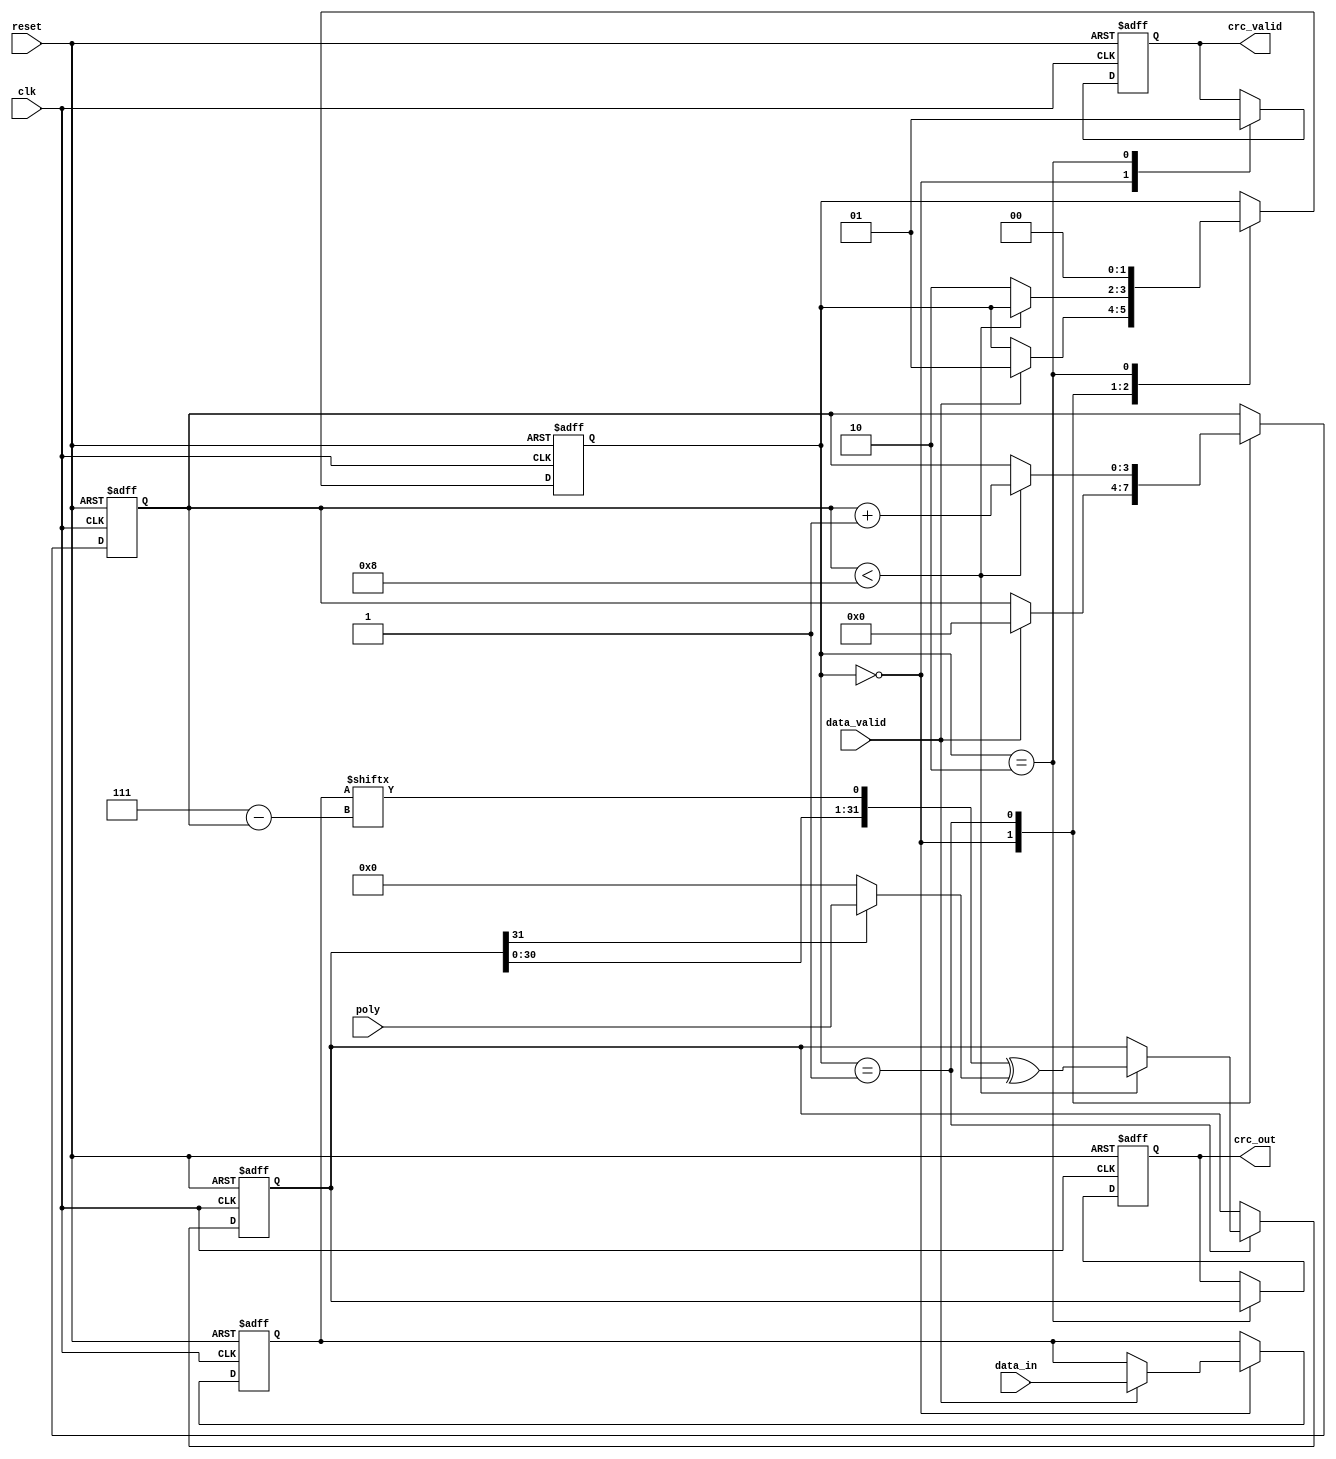
module parameterized_crc #(
    parameter CRC_WIDTH = 32,
    parameter POLY_WIDTH = 8,
    parameter INIT_VALUE = 32'hFFFFFFFF,
    parameter REFLECT_INPUT = 1'b0,
    parameter REFLECT_OUTPUT = 1'b0
)(
    input wire clk,
    input wire reset,
    input wire [7:0] data_in, // Assuming 8-bit input data
    input wire data_valid,
    input wire [POLY_WIDTH-1:0] poly,
    output reg [CRC_WIDTH-1:0] crc_out,
    output reg crc_valid
);

    reg [CRC_WIDTH-1:0] crc_reg;
    reg [7:0] data_buffer; // Buffer for incoming data
    reg [3:0] bit_counter; // Counter to track bits processed
    reg [1:0] state;
    
    localparam IDLE = 2'b00;
    localparam PROCESSING = 2'b01;
    localparam OUTPUT = 2'b10;

    // Reflect function for input and output
    function [7:0] reflect;
        input [7:0] data;
        integer i;
        begin
            reflect = 0;
            for (i = 0; i < 8; i = i + 1) begin
                reflect[i] = data[7 - i];
            end
        end
    endfunction

    always @(posedge clk or posedge reset) begin
        if (reset) begin
            crc_reg <= INIT_VALUE;
            crc_out <= 0;
            crc_valid <= 0;
            data_buffer <= 0;
            bit_counter <= 0;
            state <= IDLE;
        end else begin
            case (state)
                IDLE: begin
                    crc_valid <= 0;
                    if (data_valid) begin
                        data_buffer <= REFLECT_INPUT ? reflect(data_in) : data_in;
                        bit_counter <= 0;
                        state <= PROCESSING;
                    end
                end
                
                PROCESSING: begin
                    if (bit_counter < 8) begin
                        // Process each bit
                        crc_reg <= {crc_reg[CRC_WIDTH-2:0], data_buffer[7 - bit_counter]} ^ 
                                   (crc_reg[CRC_WIDTH-1] ? poly : 0);
                        bit_counter <= bit_counter + 1;
                    end else begin
                        state <= OUTPUT;
                    end
                end

                OUTPUT: begin
                    crc_out <= REFLECT_OUTPUT ? reflect(crc_reg[CRC_WIDTH-1:0]) : crc_reg;
                    crc_valid <= 1;
                    state <= IDLE; // Go back to IDLE after output
                end
            endcase
        end
    end
endmodule